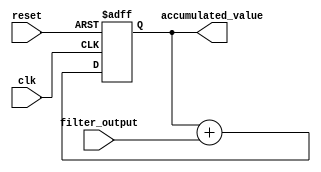
module accumulator(
    input wire clk,
    input wire reset,
    input wire [7:0] filter_output,
    output reg [15:0] accumulated_value
);

always @(posedge clk or posedge reset) begin
    if (reset) begin
        accumulated_value <= 16'b0;
    end else begin
        accumulated_value <= accumulated_value + filter_output;
    end
end

endmodule